Medical and sanitary report of the native army of Madras for the year
Year: 1872
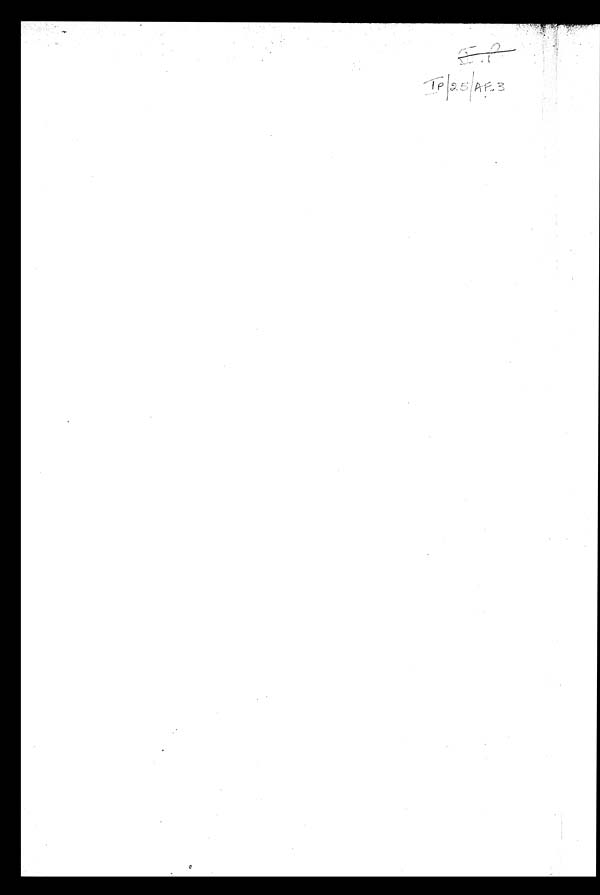
IP /25/AF.3